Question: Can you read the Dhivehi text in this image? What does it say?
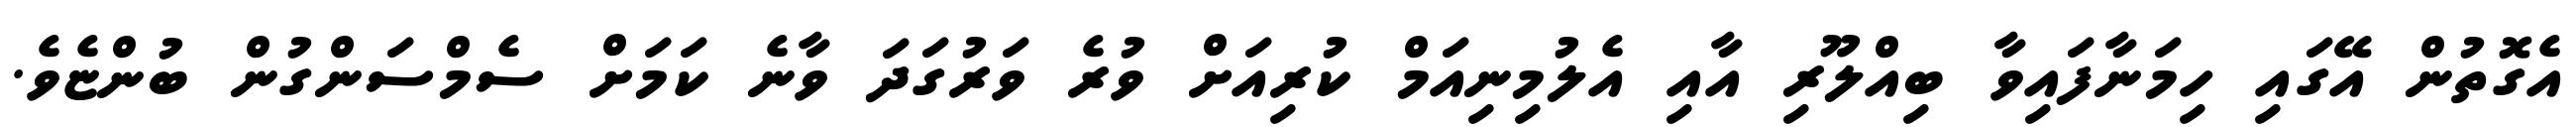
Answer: އެގޮތުން އޭގައި ހިމަނާފައިވާ ބިއްލޫރި އާއި އެލުމިނިއަމް ކުރިއަށް ވުރެ ވަރުގަދަ ވާނެ ކަމަށް ސެމްސަންގުން ބުންޏެވެ.